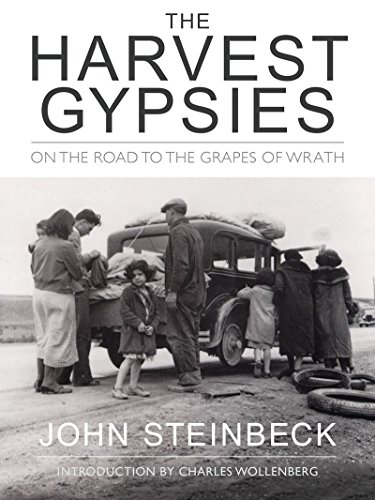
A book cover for The Harvest Gypsies; John Steinbeck; Business & Money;